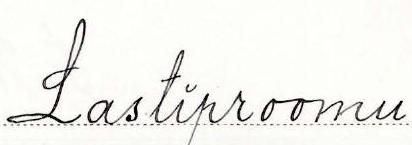
Lastiproomu